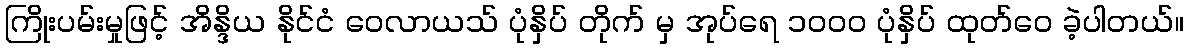
ကြိုးပမ်းမှုဖြင့် အိန္ဒိယ နိုင်ငံ ဝေလာယသ် ပုံနှိပ် တိုက် မှ အုပ်ရေ ၁၀၀၀ ပုံနှိပ် ထုတ်ဝေ ခဲ့ပါတယ်။